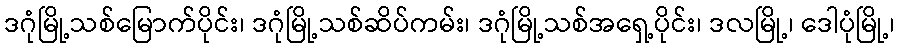
ဒဂုံမြို့သစ်မြောက်ပိုင်း၊ ဒဂုံမြို့သစ်ဆိပ်ကမ်း၊ ဒဂုံမြို့သစ်အရှေ့ပိုင်း၊ ဒလမြို့၊ ဒေါပုံမြို့၊